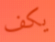
يكف